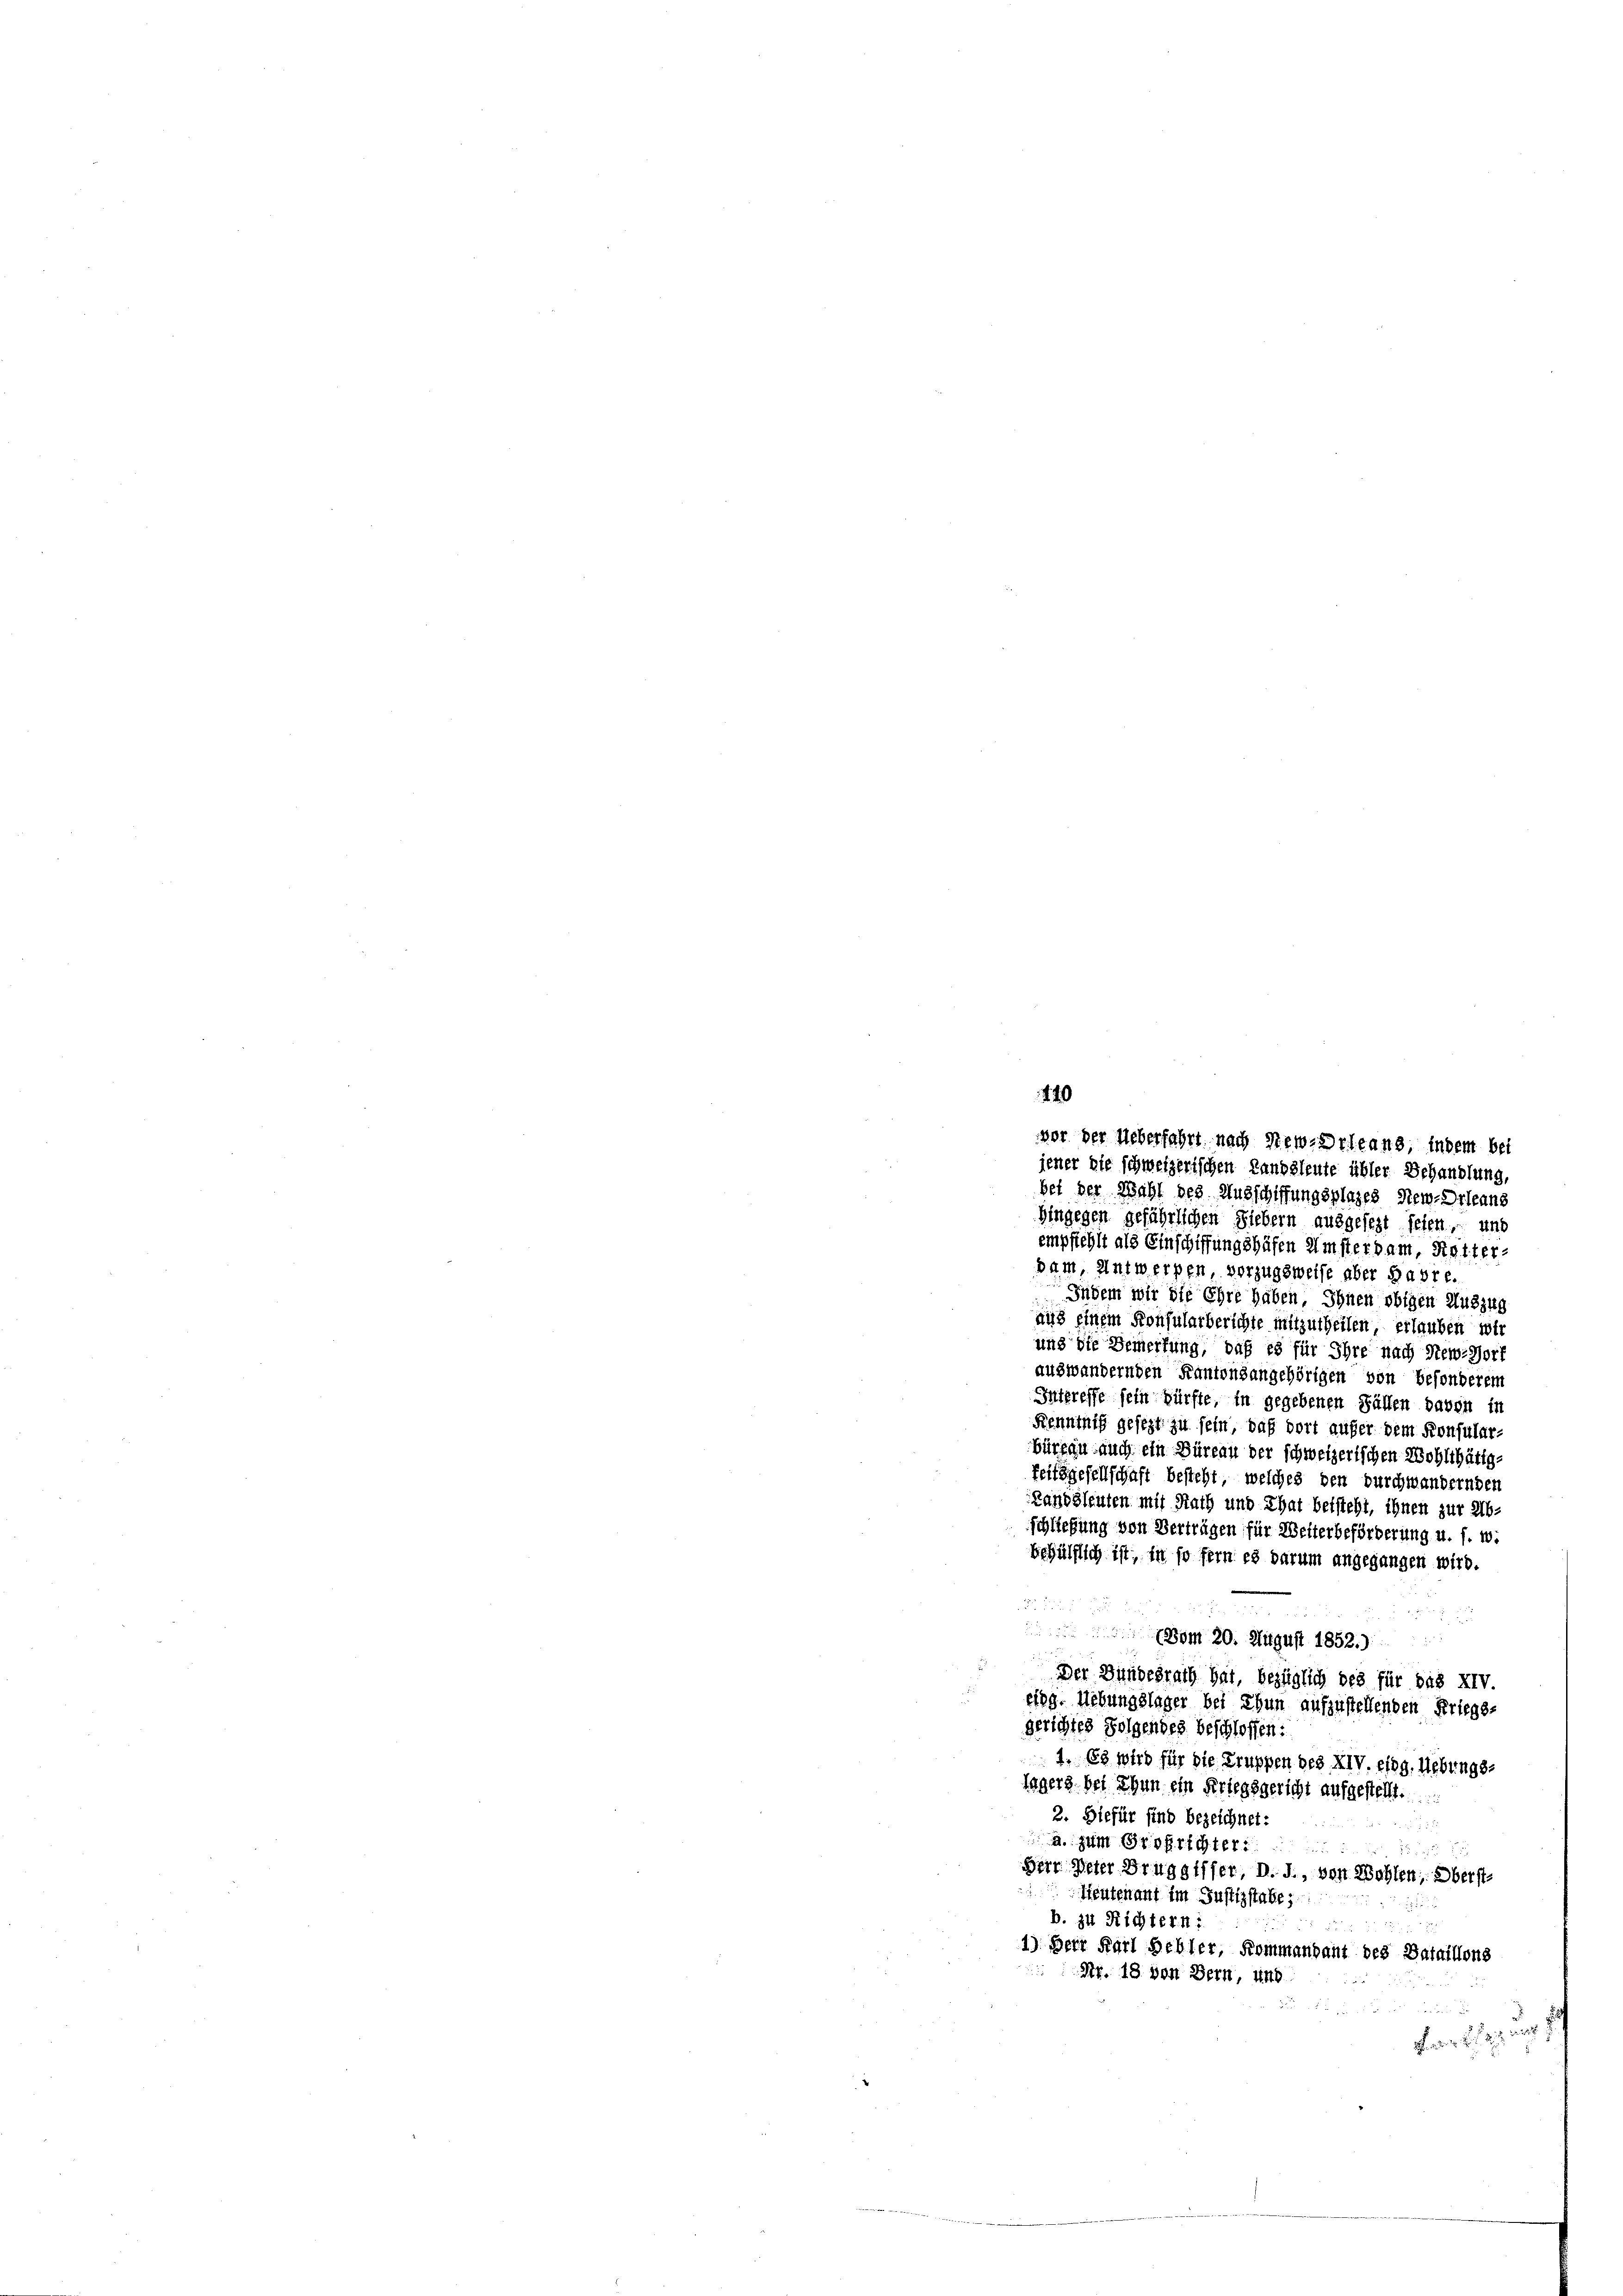
jener sie schweizerischen Landsleute übler Behandlung,
bei der Wahl des Ausschiffungsplages New-Orleans
Hingegen gefährlichen Liebern ausgesezt seien, und
empfiehlt als Einschiffungshäfen Amsterdam Retter.
pam, Antwerpen vorzugsweise aber Habre.
Indem wir die Ehre haben, Ihnen obigen Auszug
aus einem Konsularberichte mitzutheilen, erlauben wir
und die Bemerkung, daß es für Ihre nach New-Horf
auswandernden Kantonsangehörigen von besonderem
Intreffe sein dürfte, in gegebenen Fällen davon in
Kenntniß gesezt zu sein, daß dort aufer dem Konsular-
büreau auch ein Büreau der schweizerischen Wohlthätigfeitsgesellschaft besteht, welches den durchwandernden
Landsleuten mit Nach und That beisteht, ihnen zur Abschließung von Verträgen für Weiterbeförderung u. s. w.
behülflich ist, in so fern es darum angegangen wird.

vom 20. August 1852.)
Der Bundesrath hat, bezüglich des für das XIV.
eieg. Uebungslager bei Thun aufzustellenden Kriegs-
gerichtes Folgendes beschlossen:
1. Es wird für die Truppen des XIV. eing. Uebungs-
lagers bei Thun ein Kriegsgericht aufgestellt.
2. Hiefür sind bezeichnet:

a. zum Großrichter
u

Der Veter Bruggisser, d. J., von Wohlen, Oberst
Lieutenant im Justizstabe;
b. zu Richtern:
1) Herr Karl Hehler, Kommandant des Bataillons
Nr. 18. von Bern, und
fang began

440
vor der Ueberfahrt nach New-Orleans, indem bei